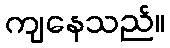
ကျနေသည်။